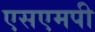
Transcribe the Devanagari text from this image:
एसएमपी